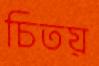
চিতয়